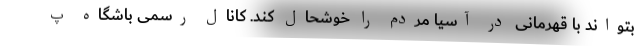
بتواند با قهرمانی در آسیا مردم را خوشحال کند. کانال رسمی باشگاه پ